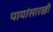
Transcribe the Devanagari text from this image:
पायांसारखी